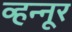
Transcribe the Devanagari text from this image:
व्हन्नूर